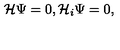
{ \mathcal { H } } \Psi = 0 , { \mathcal { H } } _ { i } \Psi = 0 ,